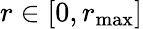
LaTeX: r\in[0,{r}_{\mathrm{max}}]